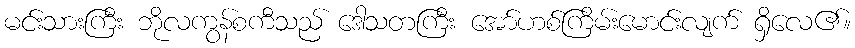
မင်းသားကြီး ဘိုလကွန်စကီသည် ဒေါသတကြီး အော်ဟစ်ကြိမ်းမောင်းလျက် ရှိလေ၏။